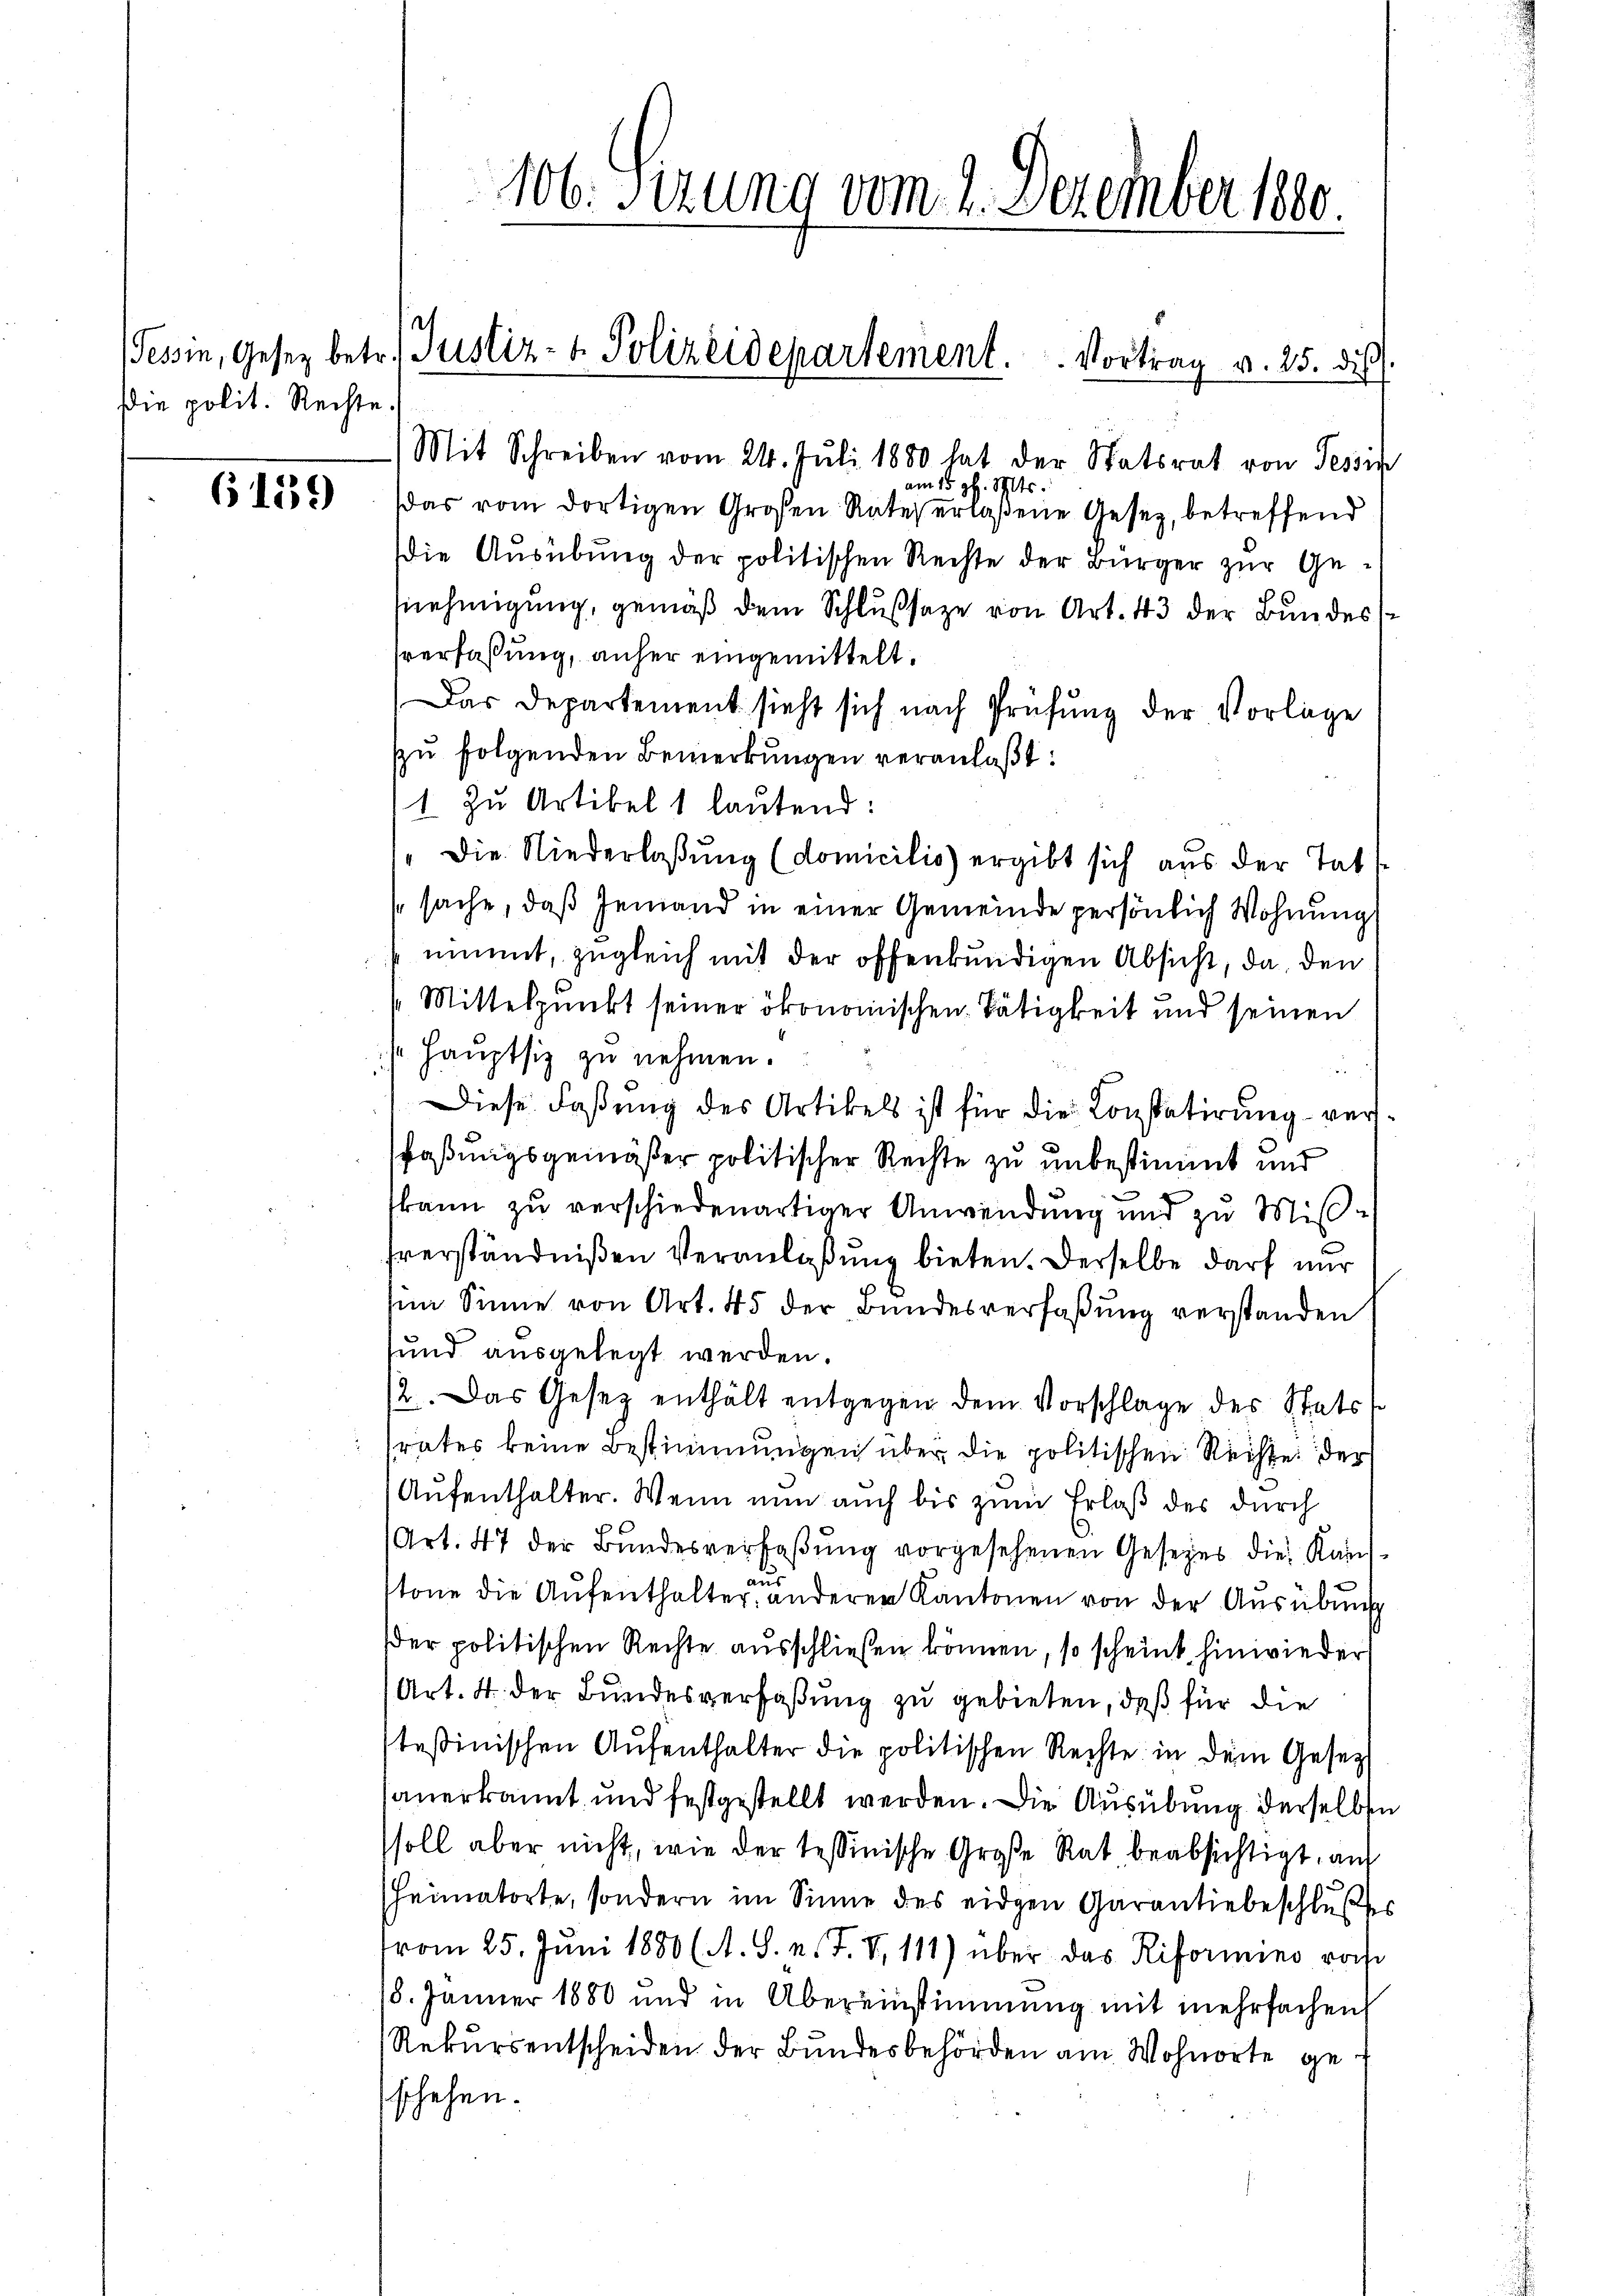
Die polit. Rechte.

6159

106. Sitzung vom 2. Dezember 1880

e
/Tessin, Gesetz betr. Justiz- & Polizeidepartement. Vortrag v. 25. dies
Mit Schreiben vom 24. Juli 1880 hat der Statsrat von Tessin

am 15. gl. St.
Das vom dortigen Großen Rates erlaßene Gesetz, betreffend
die Ausübung der politischen Rechte der Bürger zur Gennehmigung, gemäß dem Schlußsaze von Art. 43 der Bundes
sverfaßung, anher eingemittelt.
Das Departement sieht sich nach Prüfŭng der Vorlage
zu folgenden Bemerkungen veranlaßt:
1 zu Artikel 1 lautend:
" die Niederlaßung (domicilio ergibt sich aus der Tat
sache, daß Jemand in einer Gemeinde persönlich Wohnung
nimmt, zugleich mit der offenkundigen Absicht, da, den
Mittelpunkt seiner ökonomischen Tätigkeit und seinen
/ Hauptsiz zu nehmen.
Diese Faßung des Artikels ist für die Constatirung versfaßungsgemäßer politischer Rechte zu unbestimmt und
kann zu verschiedenartiger Anwendung und zu Mißfverständnißen Veranlaßung bieten. Derselbe darf nur
im Sinne von Art. 45 der Bundesverfaßung verstanden
sund ausgelegt werden.
2. Das Gesetz enthält entgegen dem Vorschlage des Statss
rates keine Bestimmungen über die politischen Rechte der
Aufenthalter. Wenn nun auch bis zum Erlaß des durch
(Art. 47 der Bundesverfaßung vorgesehenen Gesetzes die Kaufaus
stone die Aufenthalter, anderer Kantonen von der Ausübung
der politischen Rechte ausschließen können, so scheint hinwieder
Art. 4. der Bundesverfaßung zu gebieten, daß für die
steßinischen Aŭfenthalter die politischen Rechte in dem Gesetzt
anerkannt und festgestellt werden. Die Ausübung derselben
soll aber nicht, wie der tessinische Große Rat beabsichtigt, auf
sheimatorte, sondern im Sinne des eidgen Garantiebeschlußes
vom 25. Juni 1880 (A. S. v. J. V. 111) über das Riformnino rohe
18. Jänner 1880 und in Übereinstimmung mit mehrfachen
Rekursentscheiden der Bundesbehörden am Wohnorte geschehen.